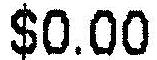
$0.00